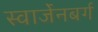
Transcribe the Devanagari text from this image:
स्वार्जेनबर्ग